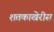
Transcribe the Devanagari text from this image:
शतकाखेरीस